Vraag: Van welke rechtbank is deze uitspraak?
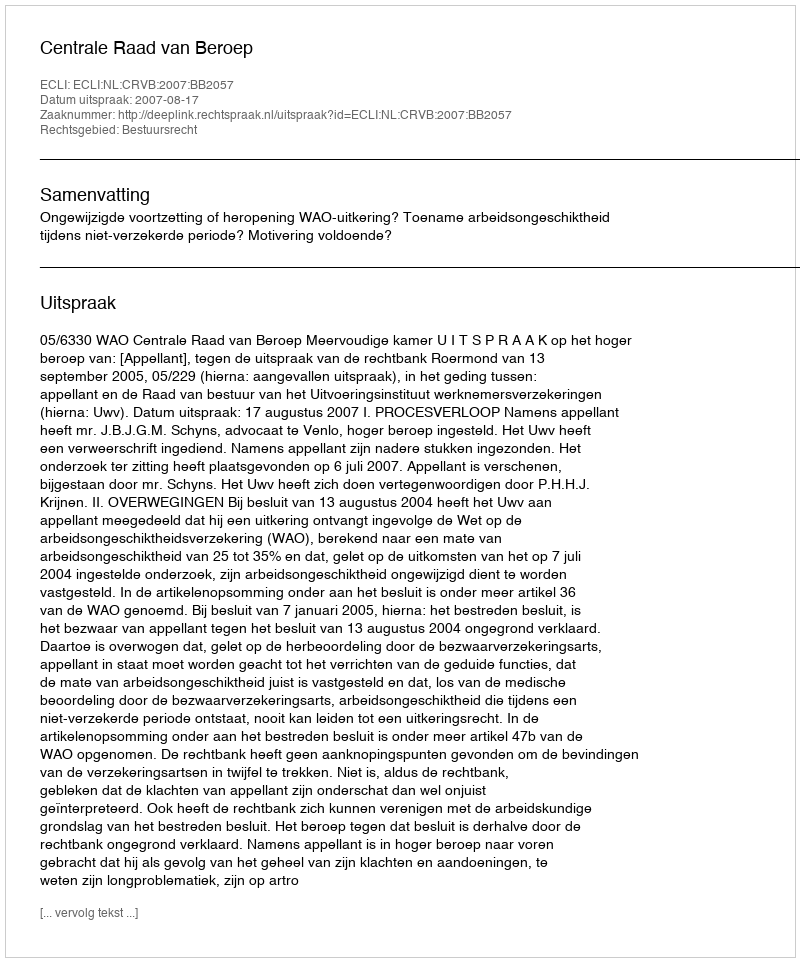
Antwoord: Centrale Raad van Beroep